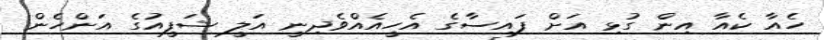
ހެއާ ކެއާ އިން ގުޅި އަށް ފައިސާގެ އެހީއެއްވެދިނީ އަލީ ޝަފީއުގެ އަންހެން